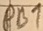
Text: PB1